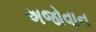
અજોવાન